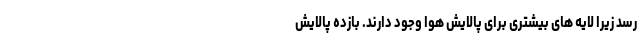
رسد زیرا لایه های بیشتری برای پالایش هوا وجود دارند. بازده پالایش